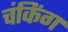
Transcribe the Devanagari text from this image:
चंकिंग